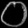
Digit: ၀